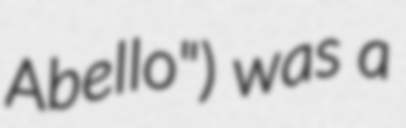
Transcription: Abello") was a